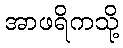
အာဖရိကသို့